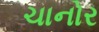
ચાનોર